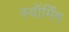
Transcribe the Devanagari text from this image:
स्वॉर्मिंग